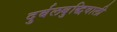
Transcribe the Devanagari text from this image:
दुर्बलबुद्धिवाली